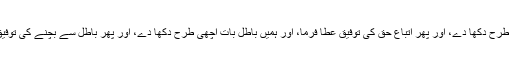
ہمیں حق بات اچھی طرح دکھا دے، اور پھر اتباعِ حق کی توفیق عطا فرما، اور ہمیں باطل بات اچھی طرح دکھا دے، اور پھر باطل سے بچنے کی توفیق عطا فرما، یا اللہ!